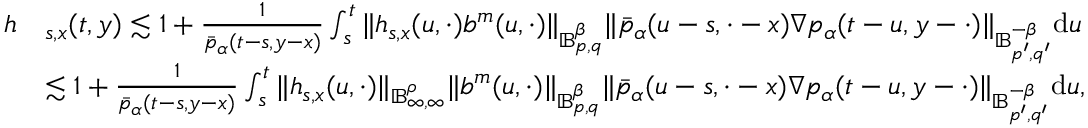
\begin{array} { r l } { h } & { _ { s , x } ( t , y ) \lesssim 1 + \frac { 1 } { \bar { p } _ { \alpha } ( t - s , y - x ) } \int _ { s } ^ { t } \Vert h _ { s , x } ( u , \cdot ) b ^ { m } ( u , \cdot ) \Vert _ { \mathbb { B } _ { p , q } ^ { \beta } } \Vert \bar { p } _ { \alpha } ( u - s , \cdot - x ) \nabla p _ { \alpha } ( t - u , y - \cdot ) \Vert _ { \mathbb { B } _ { p ^ { \prime } , q ^ { \prime } } ^ { - \beta } } \mathrm { d } u } \\ & { \lesssim 1 + \frac { 1 } { \bar { p } _ { \alpha } ( t - s , y - x ) } \int _ { s } ^ { t } \Vert h _ { s , x } ( u , \cdot ) \Vert _ { \mathbb { B } _ { \infty , \infty } ^ { \rho } } \Vert b ^ { m } ( u , \cdot ) \Vert _ { \mathbb { B } _ { p , q } ^ { \beta } } \Vert \bar { p } _ { \alpha } ( u - s , \cdot - x ) \nabla p _ { \alpha } ( t - u , y - \cdot ) \Vert _ { \mathbb { B } _ { p ^ { \prime } , q ^ { \prime } } ^ { - \beta } } \mathrm { d } u , } \end{array}